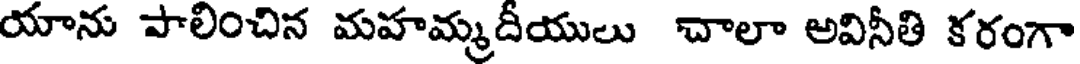
యాను పాలించిన మహమ్మదీయులు చాలా అవినీతి కరంగా